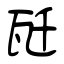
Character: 瓩